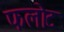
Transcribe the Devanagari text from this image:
फलोट